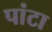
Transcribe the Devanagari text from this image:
पांटा